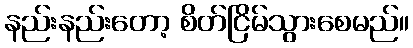
နည်းနည်းတော့ စိတ်ငြိမ်သွားစေမည်။